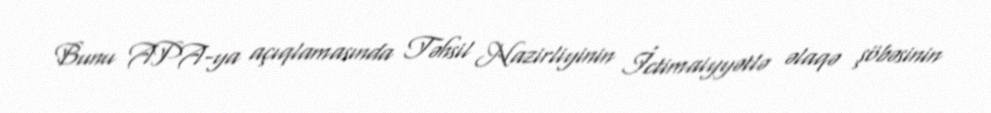
Bunu APA-ya açıqlamasında Təhsil Nazirliyinin İctimaiyyətlə əlaqə şöbəsinin